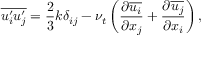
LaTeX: { \overline { { u _ { i } ^ { \prime } u _ { j } ^ { \prime } } } } = { \frac { 2 } { 3 } } k \delta _ { i j } - \nu _ { t } \left( { \frac { \partial { \overline { { u _ { i } } } } } { \partial x _ { j } } } + { \frac { \partial { \overline { { u _ { j } } } } } { \partial x _ { i } } } \right) ,